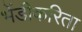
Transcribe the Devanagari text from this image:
भेंडीकरिता